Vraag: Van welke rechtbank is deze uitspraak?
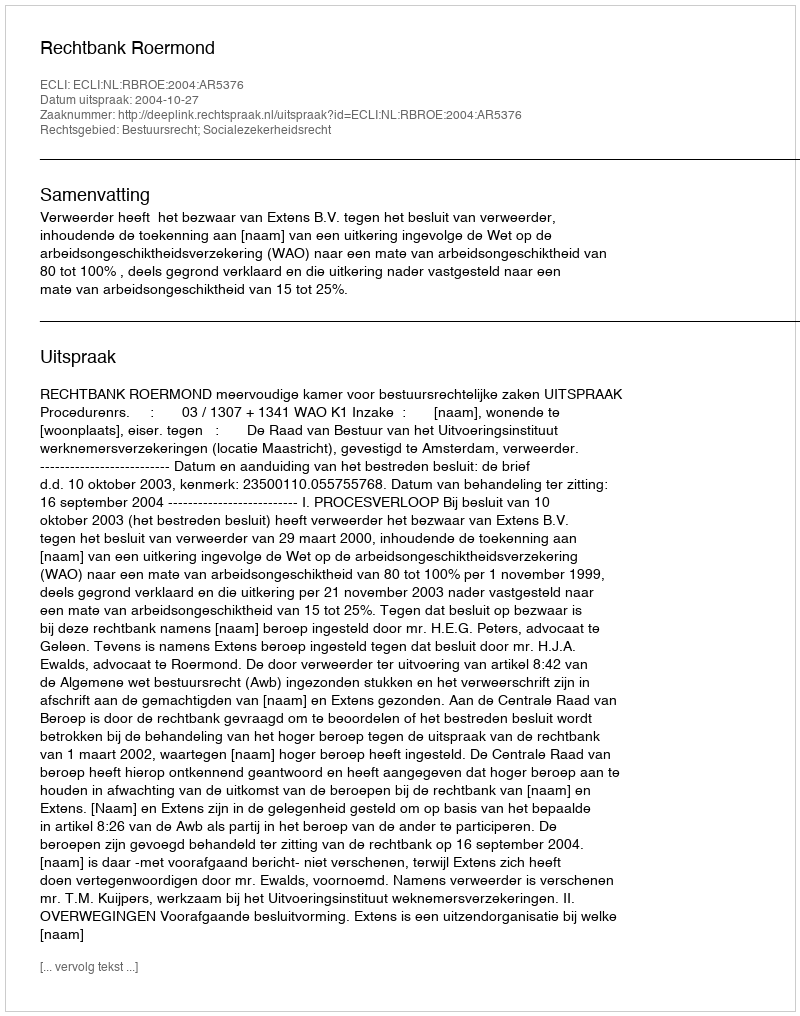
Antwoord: Rechtbank Roermond